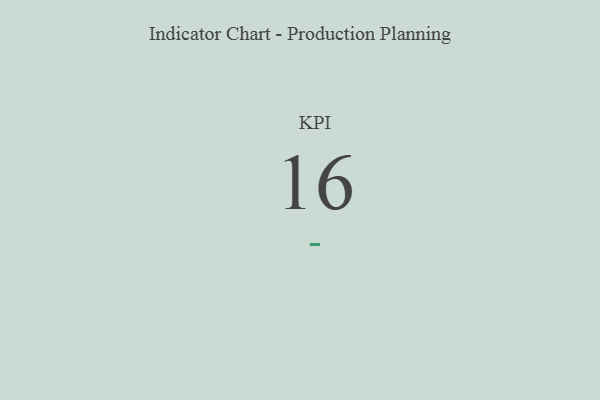
{"axis": {"x": "KPI", "y": "Value"}, "legend": [""], "data": [{"x": "KPI", "y": 16, "type": ""}]}